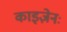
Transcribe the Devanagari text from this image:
काइज़ेनः